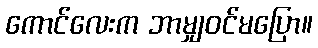
ကောင်လေးက ဘာမျှဝင်မပြော။